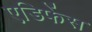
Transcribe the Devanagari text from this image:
एडिफेंस